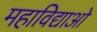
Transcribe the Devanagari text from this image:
महाविद्याओ